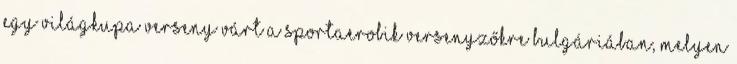
egy Világkupa verseny várt a sportaerobik versenyzőkre Bulgáriában, melyen